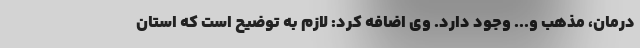
درمان، مذهب و... وجود دارد. وی اضافه کرد: لازم به توضیح است که استان